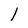
Character: 1